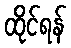
ထိုင်ရန်